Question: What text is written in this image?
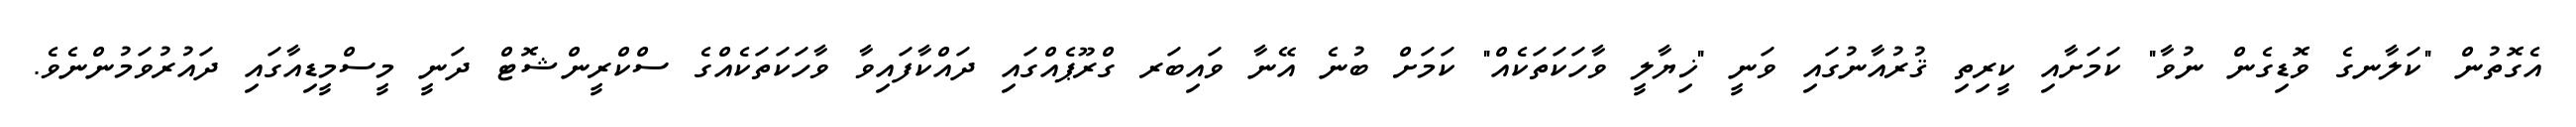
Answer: އެގޮތުން "ކަލާނގެ ވޮޑިގެން ނުވާ" ކަމަށާއި ކީރިތި ޤުރުއާނުގައި ވަނީ "ޚިޔާލީ ވާހަކަތަކެއް" ކަމަށް ބުނެ އޭނާ ވައިބަރ ގްރޫޕެއްގައި ދައްކާފައިވާ ވާހަކަތަކެއްގެ ސްކްރީންޝޮޓް ދަނީ މީސްމީޑިއާގައި ދައުރުވަމުންނެވެ.